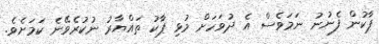
ޕާކުން ފެނުނު ނަމަވެސް އެ ދުވަހަށް މުޅި ޕާކު ތައްޔާރު ނުކުރެވޭނެ ކަމަށެވެ.